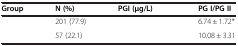
<table><thead><tr><td><b>Group</b></td><td><b>N (%)</b></td><td><b>PGI (μg/L)</b></td><td><b>PG I/PG II</b></td></tr></thead><tbody><tr><td>[EMPTY_CELL]</td><td>201 (77.9)</td><td>[EMPTY_CELL]</td><td>6.74 ± 1.72*</td></tr><tr><td>[EMPTY_CELL]</td><td>57 (22.1)</td><td>[EMPTY_CELL]</td><td>10.08 ± 3.31</td></tr></tbody></table>